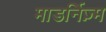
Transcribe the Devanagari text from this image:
माडर्निज़्म